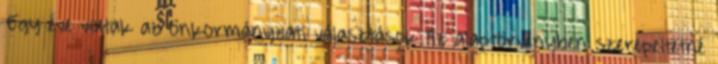
›Egy éve voltak az önkormányzati választások Az alaptörvényben szerepeltetné